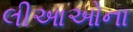
લીઆઓના